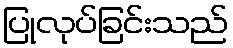
ပြုလုပ်ခြင်းသည်